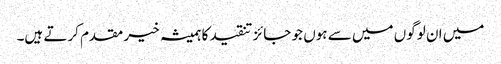
میں ان لوگوں میں سے ہوں جو جائز تنقید کا ہمیشہ خیر مقدم کرتے ہیں۔